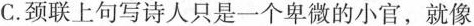
C.颈联上句写诗人只是一个卑微的小官，就像